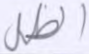
الظل